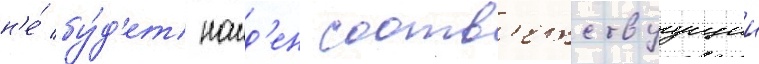
н'е́ бу́д'ет наид'ен соотв'етствуущии